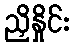
ညှိနှိုင်း